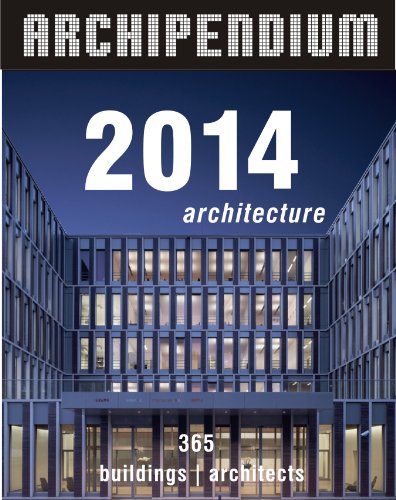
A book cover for Archipendium 2014 Desk Calendar: 365 Days Full of Architecture; archimappublishers; Calendars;